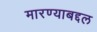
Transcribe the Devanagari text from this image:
मारण्याबद्दल